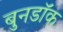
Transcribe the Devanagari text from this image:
बुनडॉक